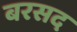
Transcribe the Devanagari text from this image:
बरसद